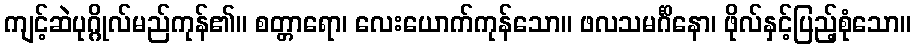
ကျင့်ဆဲပုဂ္ဂိုလ်မည်ကုန်၏။ စတ္တာရော၊ လေးယောက်ကုန်သော။ ဖလသမင်္ဂိနော၊ ဖိုလ်နှင့်ပြည့်စုံသော။